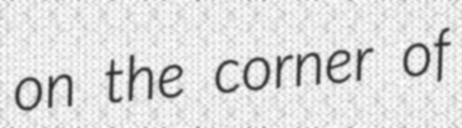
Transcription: on the corner of